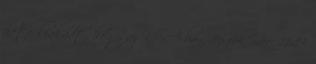
hete kiakadt, hogy az USA-ban -16 fok már. 21:19